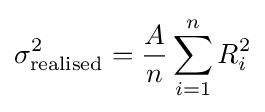
\sigma _{\text{realised}}^{2}={\frac {A}{n}}\sum _{i=1}^{n}R_{i}^{2}